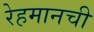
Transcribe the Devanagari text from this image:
रेहमानची